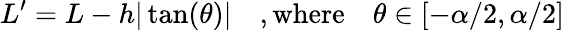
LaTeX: L^{\prime}=L-h|\tan(\theta)|\quad,\mathrm{where}\quad\theta\in[-\alpha/2,\alpha/2]